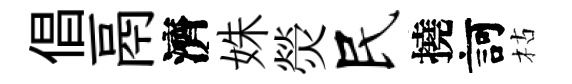
倡鬲濟姝熒民撓訶枯